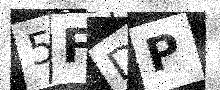
Text: 5FDP